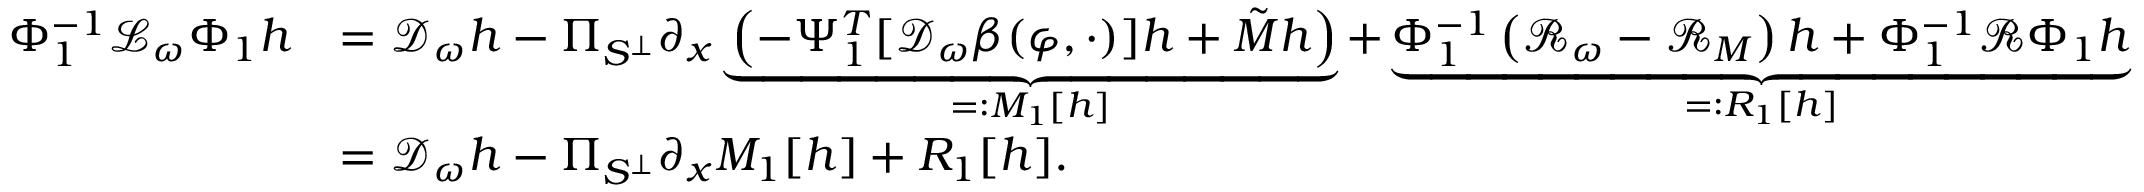
\begin{array} { r l } { \Phi _ { 1 } ^ { - 1 } \mathcal { L } _ { \omega } \Phi _ { 1 } h } & { = \mathcal { D } _ { \omega } h - \Pi _ { S ^ { \perp } } \partial _ { x } \underbrace { \left( - \Psi _ { 1 } ^ { T } [ \mathcal { D } _ { \omega } \beta ( \varphi , \cdot ) ] h + \tilde { M } h \right) } _ { = : M _ { 1 } [ h ] } + \underbrace { \Phi _ { 1 } ^ { - 1 } \left( \mathcal { R } _ { \omega } - \mathcal { R } _ { M } \right) h + \Phi _ { 1 } ^ { - 1 } \mathcal { R } \Phi _ { 1 } h } _ { = : R _ { 1 } [ h ] } } \\ & { = \mathcal { D } _ { \omega } h - \Pi _ { S ^ { \perp } } \partial _ { x } M _ { 1 } [ h ] + R _ { 1 } [ h ] . } \end{array}